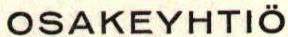
OSAKEYHTIÖ